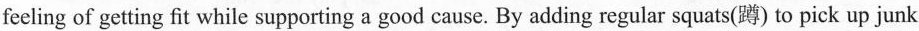
feeling of getting fit while supporting a good cause. By adding regular squats(蹲) to pick up junk